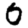
Digit: 0